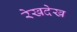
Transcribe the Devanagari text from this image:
रेखदेख